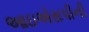
આઇએસપીની